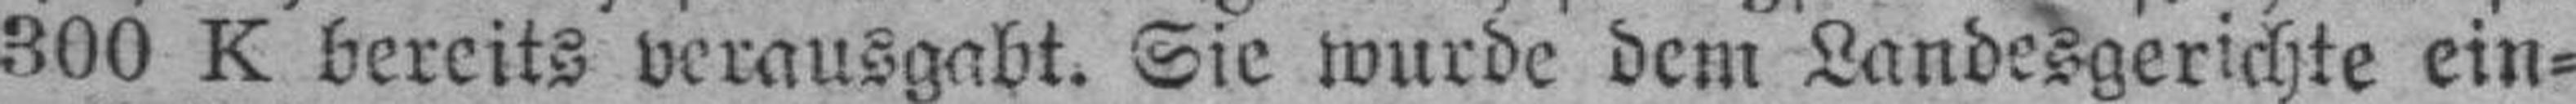
300 K bereits verausgabt. Sie wurde dem Landesgerichte ein¬